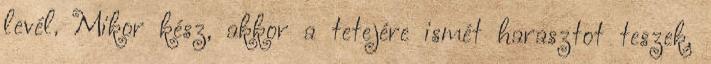
levél. Mikor kész, akkor a tetejére ismét harasztot teszek,